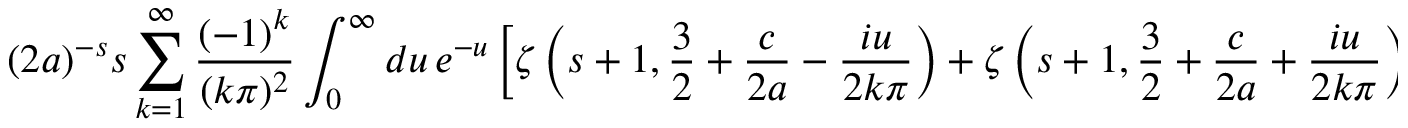
( 2 a ) ^ { - s } s \sum _ { k = 1 } ^ { \infty } \frac { ( - 1 ) ^ { k } } { ( k \pi ) ^ { 2 } } \int _ { 0 } ^ { \infty } d u \, e ^ { - u } \left[ \zeta \left( s + 1 , \frac 3 2 + \frac { c } { 2 a } - \frac { i u } { 2 k \pi } \right) + \zeta \left( s + 1 , \frac 3 2 + \frac { c } { 2 a } + \frac { i u } { 2 k \pi } \right) \right] =